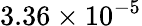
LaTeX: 3.36\times 10^{-5}